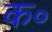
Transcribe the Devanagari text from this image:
क॰